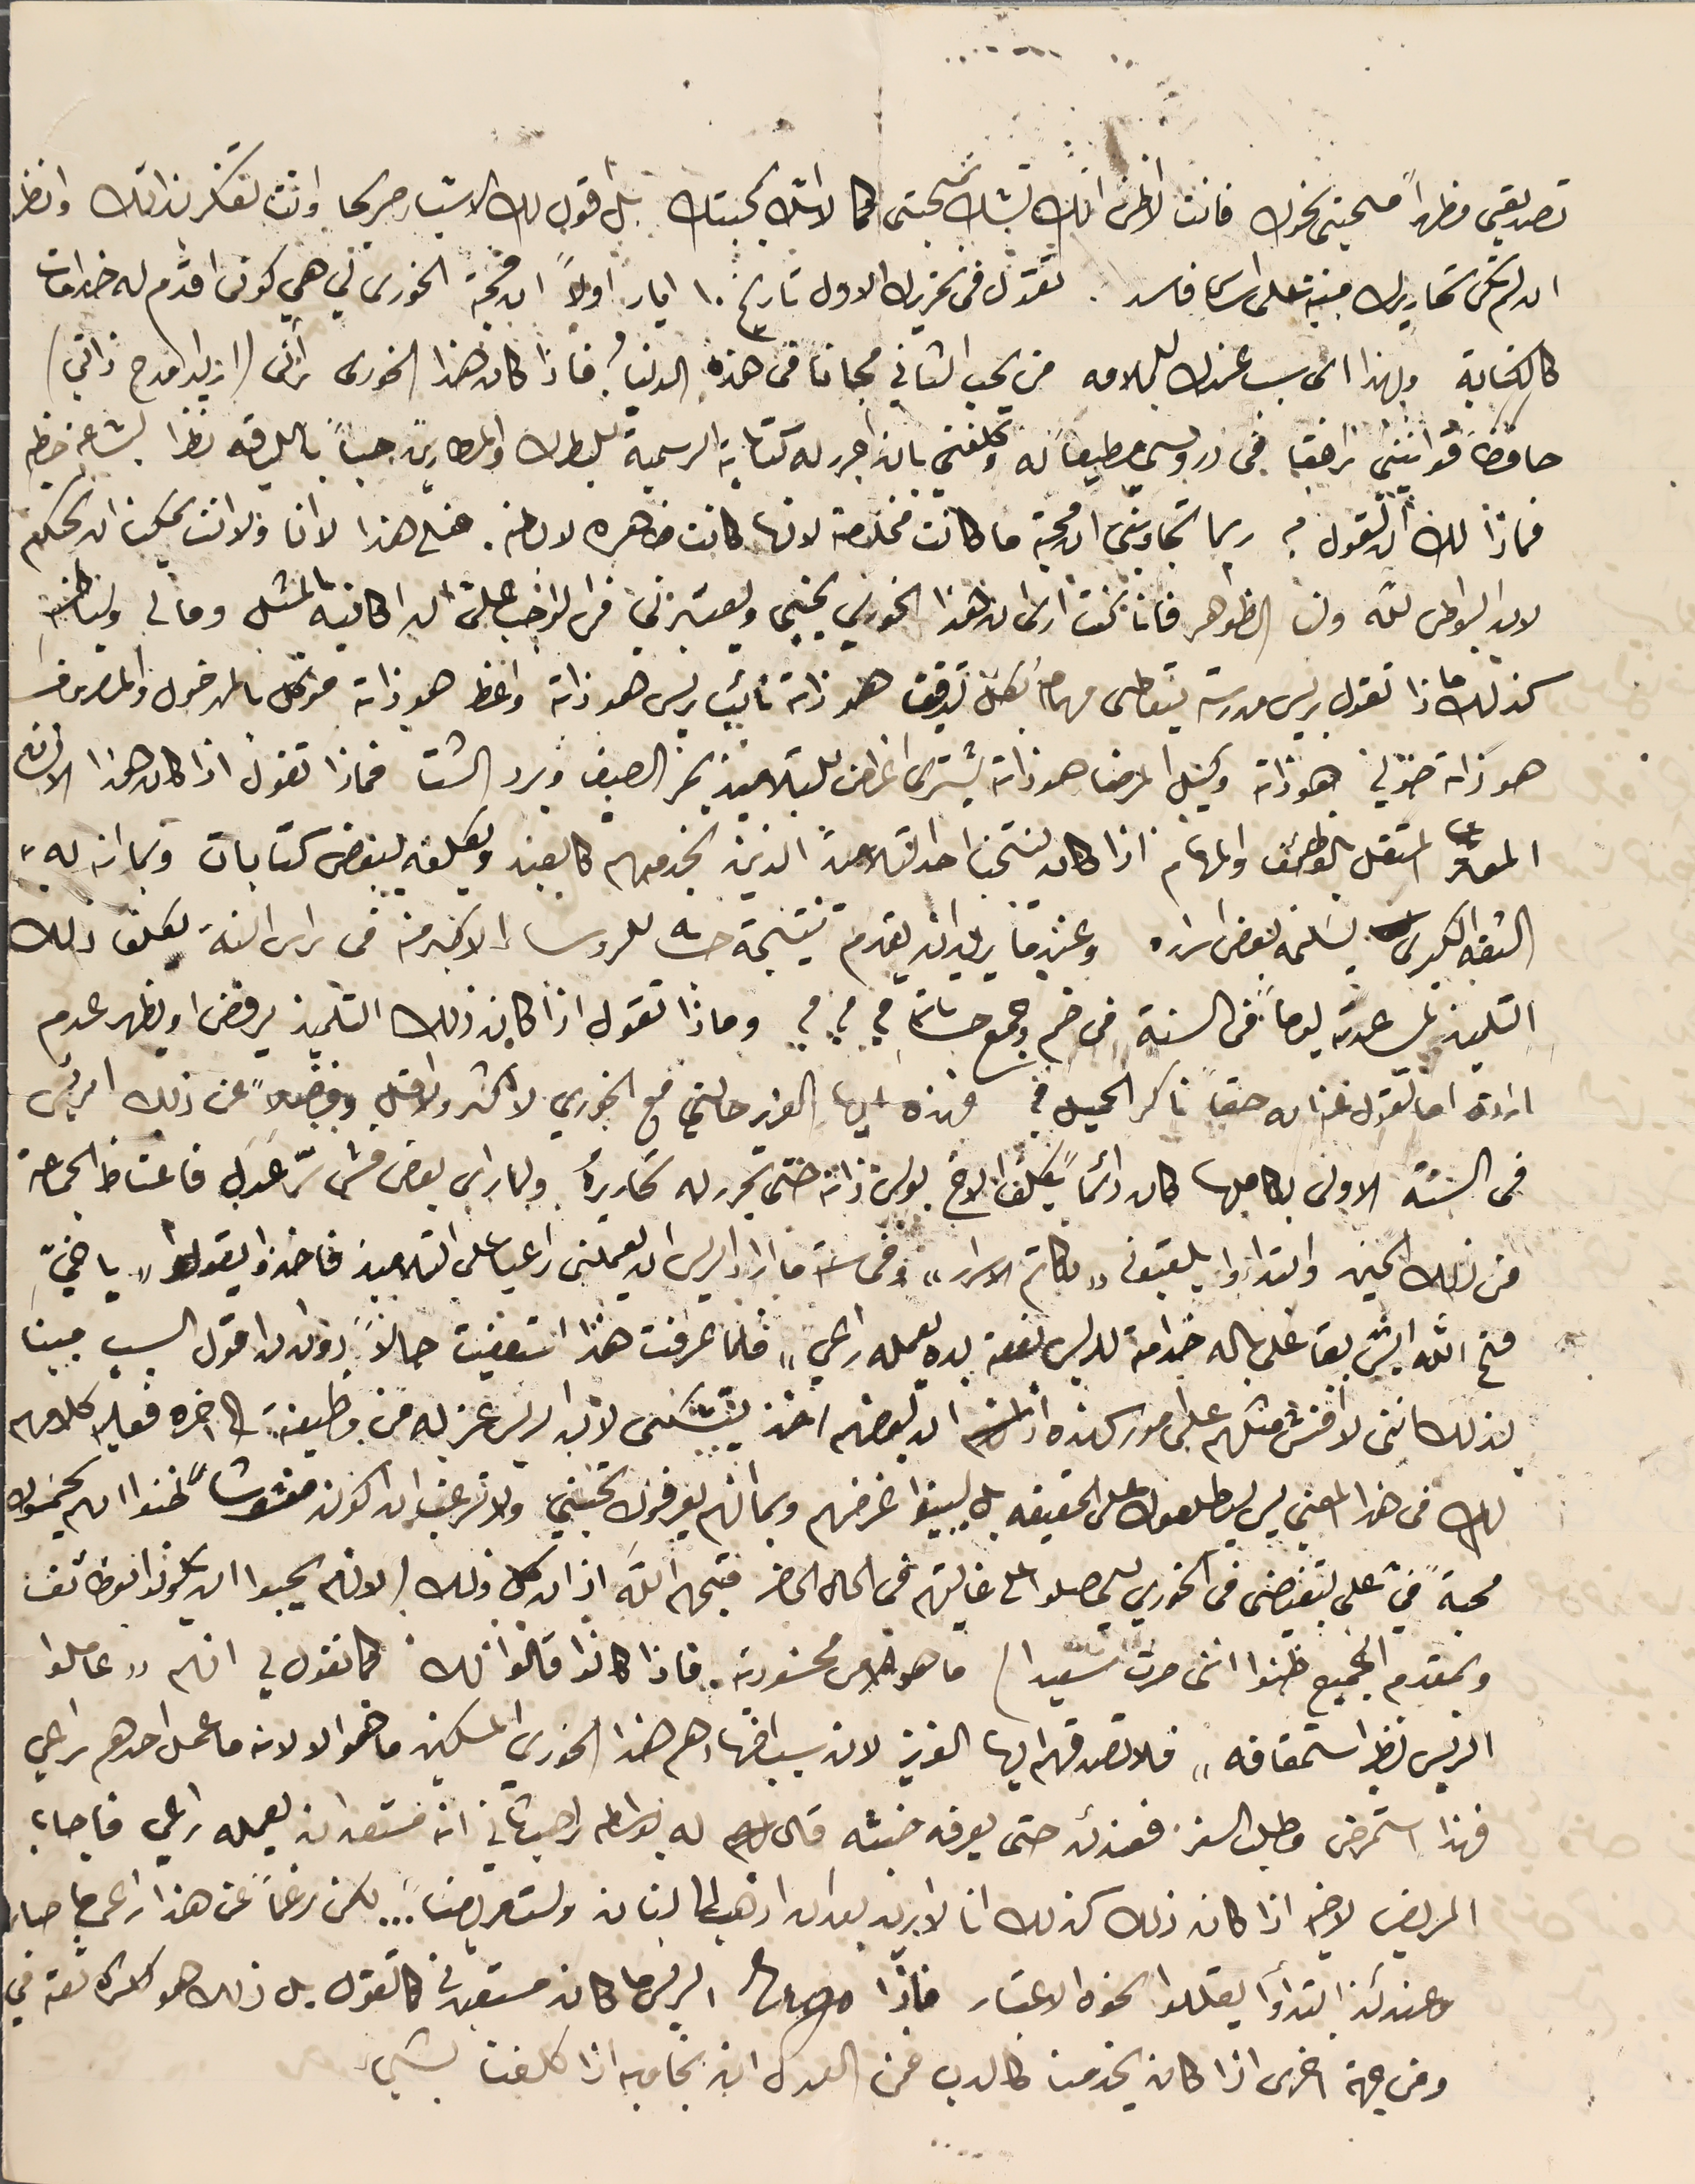
تصديقى مظهراً محبتى نحوك فانت لا اظن انك تشك بمحبتى كما لا اشك بمحبتك بل اقول لك الاشياء صريحا وانت تفكر بذالك وانظر
ان لم تكن تحاريرك مبنية على اساس فاسد. تقول فى تحريرك الاول تاريخ ١٠ ايار أولاً ان محبة الخوري لي هي كونى اقدم له خدامات
كالكتابة وبهذا الى سبب عندك للملامه من يحب الثاني مجاناً فى هذه الدينا فاذا كان هذا الخورى آذنى (ازيد مدح ذاتي)
حافضاً قوانيني رافقا في دروسي مطيعاً له وكلفني بان احرر له كتاباته الرسمية للبطرك والمطارين حباً باللياقه نظراً لبشاعة خطه
فماذا لك ان القول فيه ربما تجاوبني ان محبته ما كانت مخلصة لانها كانت ظاهره لاباطنه. فعلى هذا  لا انا ولا انت يمكن ان نحكم
لان البواطن لله ولنا الظوهر فانا كنت ارى ان هذا الخوري يحبني ويعتبرني فمن الواجب على ان اكاتبه بالمثل وما لى ولباطنه
كذلك ماذا تقول ريس مدرسة يتعاطى مهام بكل تدقيق هو ذاته نائب ريس هو ذاته واعظ هو ذاته موكل بالمدخول والمصروف
هو ذاته خولي هو ذاته وكيل المرضا هو ذاته يشترى اغراض للتلاميذ بحر الصيف وبرد الشتا فماذا تقول اذا كان هذا الانسان
المعتر المستقل بالوظائف والمهام اذا كان لنتخب احد التلاميذ الذين نخدمهم كالعين ونكلفه ببعض كتابات وبما انه له"
الثقه الكبرى نسَلمه بعض اسراره وعندما يريد ان يقدم نتيجة حسابه للروسا الاكبر منه فى راس السنة يكلف ذلك
التلميذ لمساعدته يوماً فى السنة فى ضم وجمع حسَاباته ؟ ؟ ؟ وماذا نقول اذا كان ذلك التلميذ يرفض او يظهر عدم
 ارادة اما تقول عنه انه حقاً ناكر الجميل؟ فهذه ايها العزيز حالتي مع الخوري لا اكثر ولا اقل وفضلاً عن ذلك امرتي
فى السَنة الاولى بكاملها كان دائماً يكلف الاخ بولس ذاته حتى يحرر له تحاريره ولما راى بعض فشي سرّ عَدَل فاغتاط الجماعة
من ذلك الحين وابتداء يلقبونه "بكاتم الاسرار" وفى سنة ما اراد الريس ان يعملني راعيا على التلاميذ فاخذوا يقولو " ياخيّ
 فتح الله ايش بقا على باله خدامته للريس بعفة يده يعمله راعي" فلما عرفت هذا استعفيت حالاً دون ان اقول السبب مبينا
لذلك اننى لا افنش مثلهم على امور كهذه ان لبعضهم اخذ يتشكى لان الريس عزله من وظيفة الى اخره فعليه كلامهم
لك فى هذا المعني ليس ليطلعوك على الحقيقه بل ليبينوا غرضهم وبما انهم يعرفوك تحبني ولا ترغب ان اكون مغشوشاً ظنوا انهم سيحموك
محبةً في على تبغيضى فى الخوري ليحصلوا على غايتهم في الحال الحاضر فبهمه الله اذ ان كل ذلك الانهم يحبوا ان يكونوا بوظائف
وبمقدم الجميع ظنوا اننى صرت سًعيدا) ما هو الامن محسَودية. فاذا كانوا قالوا لك كما نقول لي انهم "عاملوا
الريس نظير استحقاقه" فلا تصدقهم ايها العزيز لان سبب اظهارهم هذا الخوري المسكين ما هو الا لانه ما عامل احدهم راعي
 فهذا استمرض وطلب السفر فعندئد حتى يعرفه خبثه قال له بواسطه راهب ثاني انه مستعد ان يعمله راعي فاجاب
المريض لاخيه اذا كان ذلك كذلك انا لا اريد بعد ان اذهب الى لبنان ولست مريضاً... لكن رغماً عن هذا راعي ما صار
وعندئذ ابتدأوا يقللوا نحوه الاعتبار فاذا Mrgo الريس ما كان مستعبرنى كالقول بل ذلك هو كثرة ثقه في
ومن جهة اخرى اذا كان يخدمنا كالاب فمن العدل ان نجامله اذا كلفنا بشي